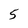
Character: 5